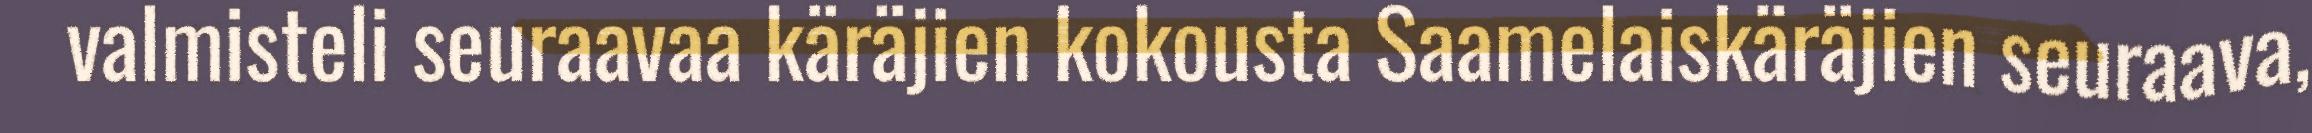
valmisteli seuraavaa käräjien kokousta Saamelaiskäräjien seuraava,